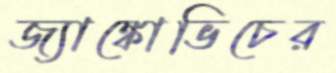
জ্যাঙ্কোভিচের